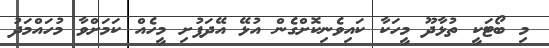
މި ބޯޓަކީ ތުޅާދޫ މީހަކާ ކައިވެނިކޮށްގެން އުޅޭ އޭދަފުށި މީހެއް ކަމަށްވާ މުހައްމަދު